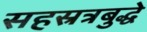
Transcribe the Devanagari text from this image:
सहस्रत्रबुद्धे